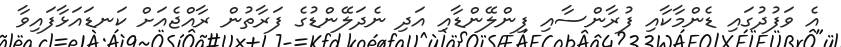
އެ ވަފުދުގައި ޑެންމާކާއި ފުރާންސާއި ފިންލޭންޑާއި އަދި ނެދަލޭންޑުގެ ފަރާތުން ރާއްޖެއަށް ކަނޑައަޅާފައިވާ